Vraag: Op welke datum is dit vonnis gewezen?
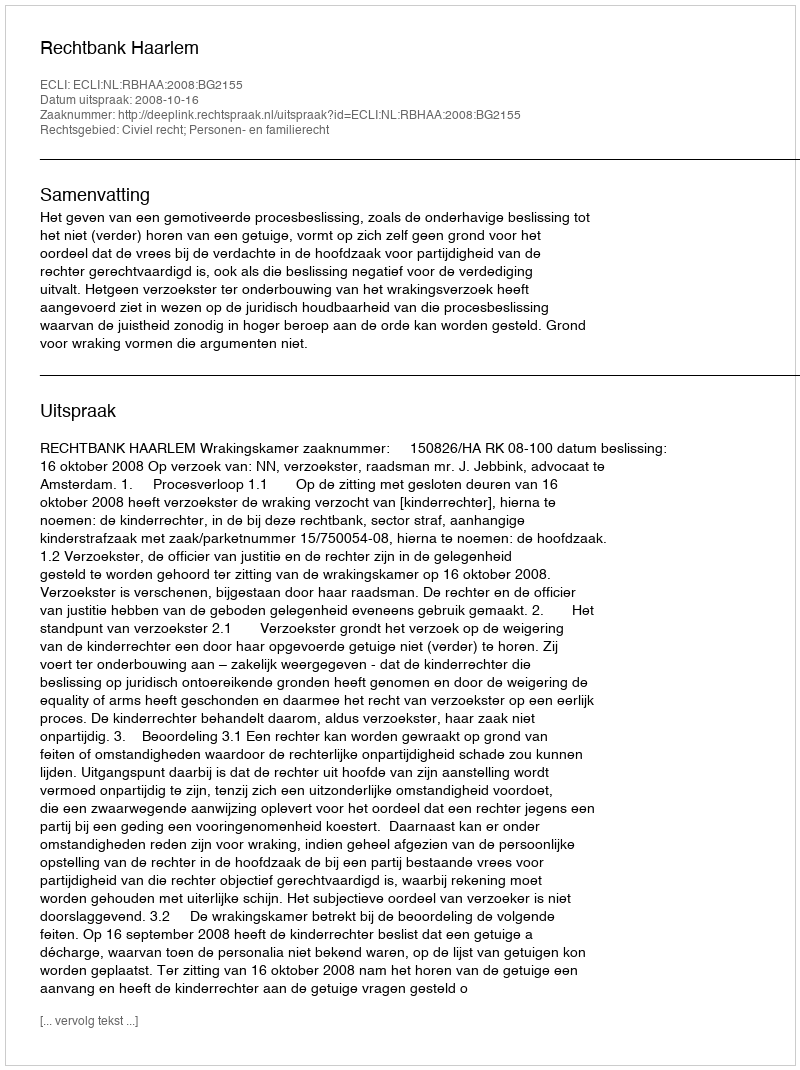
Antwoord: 2008-10-16